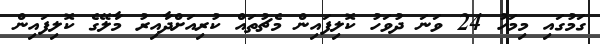
ގަމުގައި މިމަހު 24 ވަނަ ދުވަހު ކޮލިފައިން މެޗުތައް ކުރިއަށްދާއިރު މާލޭގެ ކޮލިފައިން